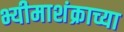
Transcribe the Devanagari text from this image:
भ्यीमाशंक्राच्या